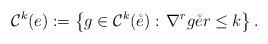
LaTeX: \begin{align*}\mathcal{C}^k(e):=\left\{ g\in \mathcal{C}^k(\mathring{e}):\, \nabla^rg \mathring{e} r\leq k\right\}.\end{align*}